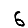
Digit: 6